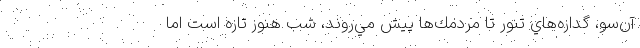
آن‌سو، گدازه‌هاي تنور تا مردمك‌ها پيش مي‌روند، شب هنوز تازه است اما